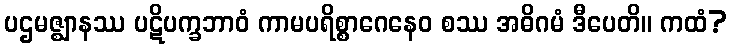
ပဌမဇ္ဈာနဿ ပဋိပက္ခဘာဝံ ကာမပရိစ္စာဂေနေဝ စဿ အဓိဂမံ ဒီပေတိ။ ကထံ?